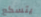
يتسكع